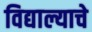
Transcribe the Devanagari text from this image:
विद्याल्याचे